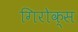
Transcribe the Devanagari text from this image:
गिरोक्स